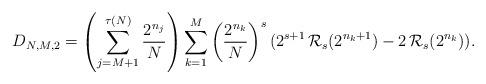
LaTeX: \begin{gather*}D_{N,M,2}=\left(\sum_{j=M+1}^{\tau(N)}\frac{2^{n_{j}}}{N}\right)\sum_{k=1}^{M}\left(\frac{2^{n_{k}}}{N}\right)^{s} (2^{s+1}\,\mathcal{R}_{s}(2^{n_{k}+1})-2\,\mathcal{R}_{s}(2^{n_{k}})).\end{gather*}